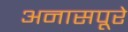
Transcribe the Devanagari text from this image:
अनासपूरे